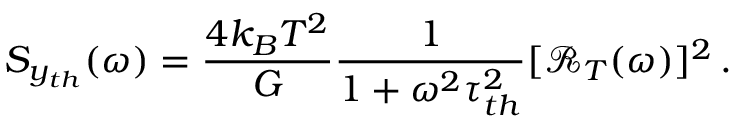
S _ { y _ { t h } } ( \omega ) = \frac { 4 k _ { B } T ^ { 2 } } { G } \frac { 1 } { 1 + \omega ^ { 2 } \tau _ { t h } ^ { 2 } } [ \mathscr { R } _ { T } ( \omega ) ] ^ { 2 } \, .